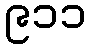
၉၁၁